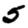
Digit: 5